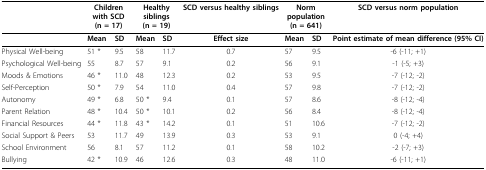
<table><thead><tr><td></td><td colspan="2"><b>Children with SCD(n = 17)</b></td><td colspan="2"><b>Healthy siblings(n = 19)</b></td><td><b>SCD versus healthy siblings</b></td><td colspan="2"><b>Norm population(n = 641)</b></td><td><b>SCD versus norm population</b></td></tr></thead><tbody><tr><td></td><td><b>Mean</b></td><td><b>SD</b></td><td><b>Mean</b></td><td><b>SD</b></td><td><b>Effect size</b></td><td><b>Mean</b></td><td><b>SD</b></td><td><b>Point estimate of mean difference (95% CI)</b></td></tr><tr><td>Physical Well-being</td><td>51 *</td><td>9.5</td><td>58</td><td>11.7</td><td>0.7</td><td>57</td><td>9.5</td><td>-6 (-11; +1)</td></tr><tr><td>Psychological Well-being</td><td>55</td><td>8.7</td><td>57</td><td>9.1</td><td>0.2</td><td>56</td><td>9.1</td><td>-1 (-5; +3)</td></tr><tr><td>Moods &amp; Emotions</td><td>46 *</td><td>11.0</td><td>48</td><td>12.3</td><td>0.2</td><td>53</td><td>9.5</td><td>-7 (-12; -2)</td></tr><tr><td>Self-Perception</td><td>50 *</td><td>7.9</td><td>54</td><td>11.0</td><td>0.4</td><td>57</td><td>9.8</td><td>-7 (-12; -2)</td></tr><tr><td>Autonomy</td><td>49 *</td><td>6.8</td><td>50 *</td><td>9.4</td><td>0.1</td><td>57</td><td>8.6</td><td>-8 (-12; -4)</td></tr><tr><td>Parent Relation</td><td>48 *</td><td>10.4</td><td>50 *</td><td>10.1</td><td>0.2</td><td>56</td><td>8.4</td><td>-8 (-12; -4)</td></tr><tr><td>Financial Resources</td><td>44 *</td><td>11.8</td><td>43 *</td><td>14.2</td><td>0.1</td><td>51</td><td>10.6</td><td>-7 (-12; -2)</td></tr><tr><td>Social Support &amp; Peers</td><td>53</td><td>11.7</td><td>49</td><td>13.9</td><td>0.3</td><td>53</td><td>9.1</td><td>0 (-4; +4)</td></tr><tr><td>School Environment</td><td>56</td><td>8.1</td><td>57</td><td>11.2</td><td>0.1</td><td>58</td><td>10.2</td><td>-2 (-7; +3)</td></tr><tr><td>Bullying</td><td>42 *</td><td>10.9</td><td>46</td><td>12.6</td><td>0.3</td><td>48</td><td>11.0</td><td>-6 (-11; +1)</td></tr></tbody></table>